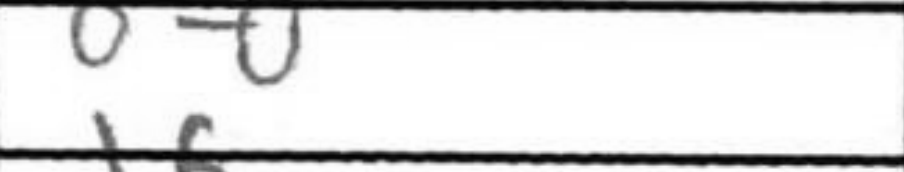
Transcription: O-O